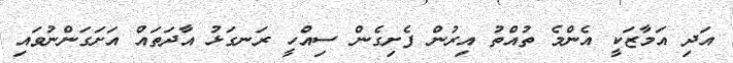
އަދި އަމާޒަކީ އެންމެ ތުއްތު އިރުން ފެށިގެން ސިއްހީ ރަނގަޅު އާދަތައް އަށަގަންނުވައި